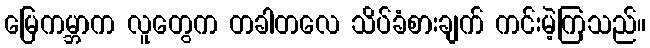
မြေကမ္ဘာက လူတွေက တခါတလေ သိပ်ခံစားချက် ကင်းမဲ့ကြသည်။